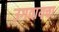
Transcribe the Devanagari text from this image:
उगवायचा